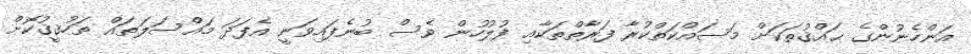
އަންހެނުންގެ ޙައްޤުތަކަށް މަސައްކަތްކުރާ ފަރާތްތަކާއި ފުލުހުން ވެސް ބުނެފައިވަނީ އެފަދަ މައްސަލަތައް ތަހުޤީޤުކޮށް